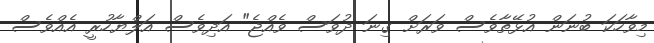
މިވާހަކަ ބުނަން އުޅޭތާވެސް ވަރަށް ގިނަ ދުވަސް ވެއްޖެ" އަދިވެސް އަލްޔާހުރީ އެއްވެސް